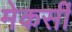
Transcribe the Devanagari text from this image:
मेकर्सी